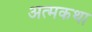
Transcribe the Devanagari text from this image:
अत्मकथा